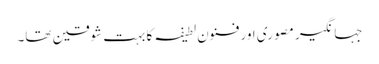
جہانگیر مصوری اور فنون لطیفہ کا بہت شوقین تھا۔